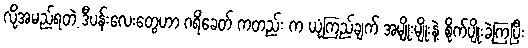
လို့အမည်ရတဲ့ ဒီပန်းလေးတွေဟာ ဂရိခေတ် ကတည်း က ယုံကြည်ချက် အမျိုးမျိုးနဲ့ စိုက်ပျိုးခဲ့ကြပြီး